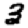
Digit: 3